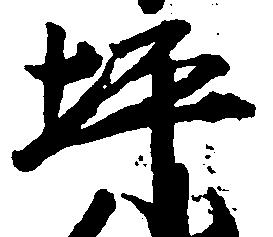
坪